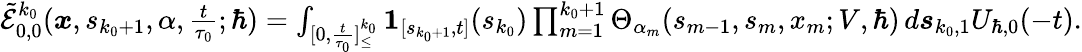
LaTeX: \begin{array}{r}{\tilde{\mathcal{E}}_{0,0}^{k_{0}}(\boldsymbol{x},s_{k_{0}+1},\alpha,\frac{t}{\tau_{0}};\hbar)=\int_{[0,\frac{t}{\tau_{0}}]_{\leq}^{k_{0}}}\boldsymbol{1}_{[s_{k_{0}+1},t]}(s_{k_{0}})\prod_{m=1}^{k_{0}+1}\Theta_{\alpha_{m}}(s_{m-1},{s}_{m},x_{m};V,\hbar)\, d\boldsymbol{s}_{k_{0},1}U_{\hbar,0}(-t).}\end{array}